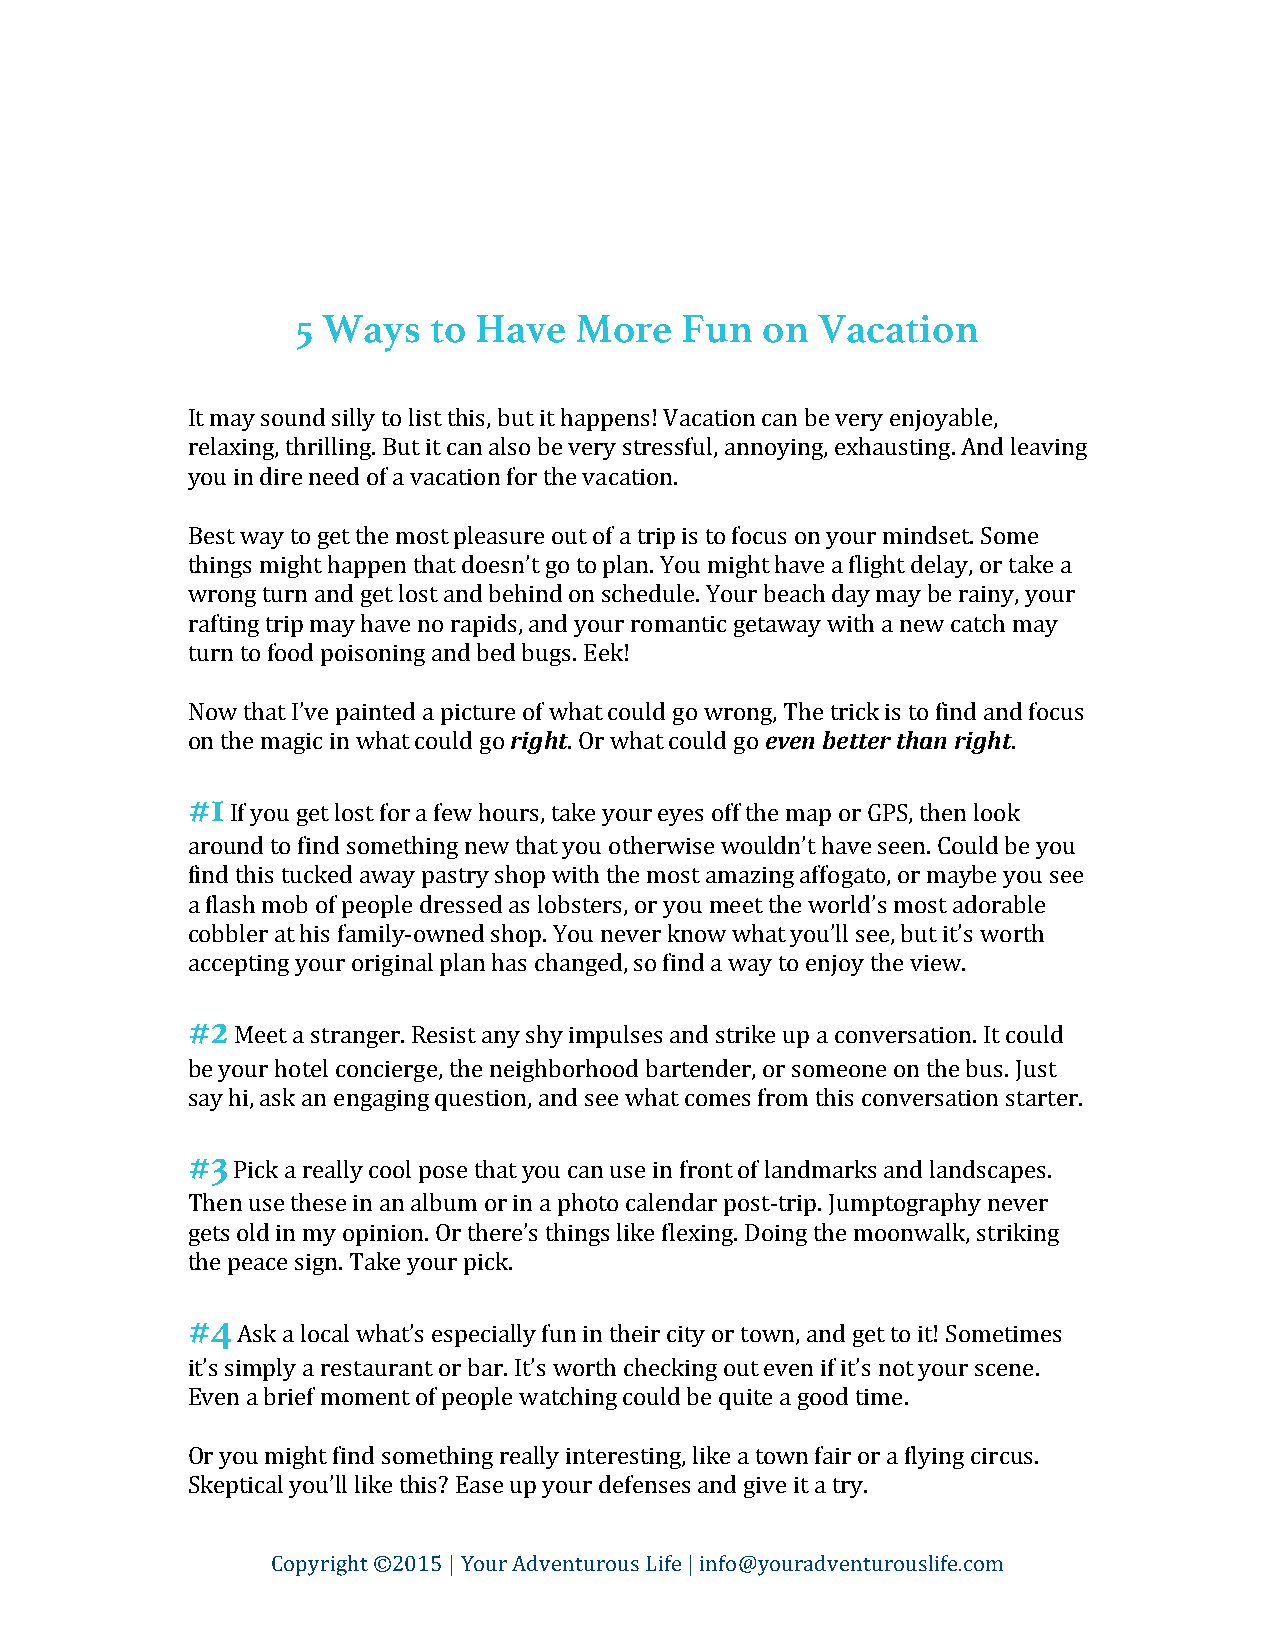
5 Ways  to Have   More   Fun  on  Vacation
 It may sound silly to list this, but it happens! Vacation can be very enjoyable,
 relaxing, thrilling. But it can also be very stressful, annoying, exhausting. And leaving
 you in dire need of a vacation for the vacation.
 Best way to get the most pleasure out of a trip is to focus on your mindset. Some
 things might happen that doesn’t go to plan. You might have a flight delay, or take a
 wrong turn and get lost and behind on schedule. Your beach day may be rainy, your
 rafting trip may have no rapids, and your romantic getaway with a new catch may
 turn to food poisoning and bed bugs. Eek!
 Now that I’ve painted a picture of what could go wrong, The trick is to find and focus
 on the magic in what could go right. Or what could go even better than right.
 #1
 If you get lost for a few hours, take your eyes off the map or GPS, then look
 around to find something new that you otherwise wouldn’t have seen. Could be you
 find this tucked away pastry shop with the most amazing affogato, or maybe you see
 a flash mob of people dressed as lobsters, or you meet the world’s most adorable
 cobbler at his family-­‐owned shop. You never know what you’ll see, but it’s worth
 accepting your original plan has changed, so find a way to enjoy the view.
 #2
 Meet a stranger. Resist any shy impulses and strike up a conversation. It could
 be your hotel concierge, the neighborhood bartender, or someone on the bus. Just
 say hi, ask an engaging question, and see what comes from this conversation starter.
 #3
 Pick a really cool pose that you can use in front of landmarks and landscapes.
 Then use these in an album or in a photo calendar post-­‐trip. Jumptography never
 gets old in my opinion. Or there’s things like flexing. Doing the moonwalk, striking
 the peace sign. Take your pick.
 #4
 Ask a local what’s especially fun in their city or town, and get to it! Sometimes
 it’s simply a restaurant or bar. It’s worth checking out even if it’s not your scene.
 Even a brief moment of people watching could be quite a good time.
 Or you might find something really interesting, like a town fair or a flying circus.
 Skeptical you’ll like this? Ease up your defenses and give it a try.
 Copyright ©2015 | Your Adventurous Life | info@youradventurouslife.com